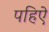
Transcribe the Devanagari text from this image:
पहिऐ